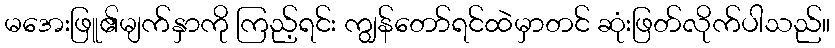
မအေးဖြူ၏မျက်နှာကို ကြည့်ရင်း ကျွန်တော်ရင်ထဲမှာတင် ဆုံးဖြတ်လိုက်ပါသည်။